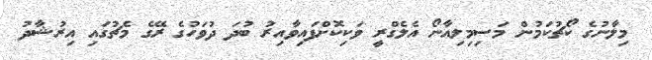
މިލާނުގެ ކޯޗުކަމުން މަސިމިލިއާނޯ އެލެގްރީ ވަކިކޮށްފައިވާއިރު ބުދަ ދުވަހުގެ ރޭގެ މެޗުގައި އިރުޝާދު